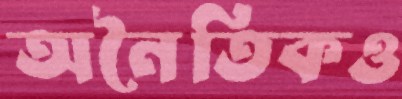
অনৈতিকও